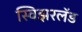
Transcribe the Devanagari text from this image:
स्विझरलॅड